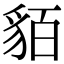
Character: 貊